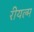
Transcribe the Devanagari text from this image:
रीयल्म